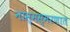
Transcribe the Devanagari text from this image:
नास्मस्मरणात